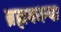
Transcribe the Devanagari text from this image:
ब्रह्मकल्पा